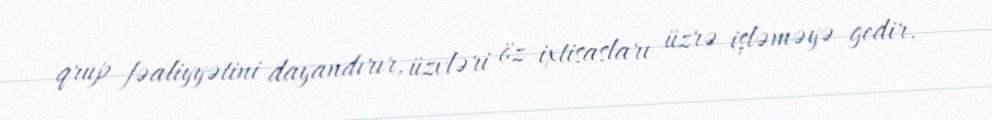
qrup fəaliyyətini dayandırır, üzvləri öz ixtisasları üzrə işləməyə gedir.